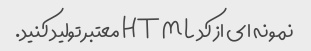
نمونه ای از کد HTML معتبر تولید کنید.